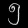
Digit: ၅